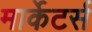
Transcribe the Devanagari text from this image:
मार्केटर्स